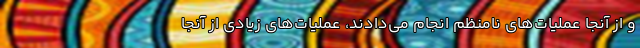
و از آنجا عملیات‌های نامنظم انجام می‌دادند، عملیات‌های زیادی از آنجا